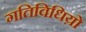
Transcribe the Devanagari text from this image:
गतिविधिय़ो